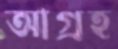
আগ্রহ